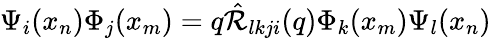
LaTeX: \Psi_{i}(x_{n})\Phi_{j}(x_{m})=q\hat{{\cal R}}_{lkji}(q)\Phi_{k}(x_{m})\Psi_{l}(x_{n})